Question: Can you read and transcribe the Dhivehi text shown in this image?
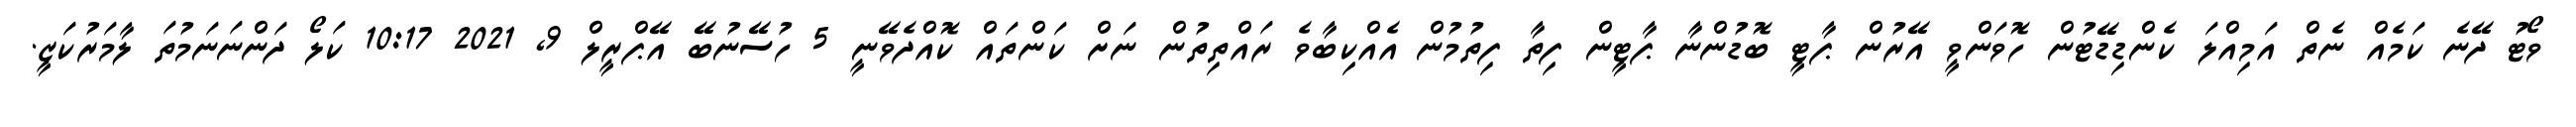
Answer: ވޯޓު ދޭނެ ކަމެއް ނެތް އަމިއްލަ ކެންޑިޑޭޓުން ހޮވަންވީ އޭރުން ޕާޓީ ބޮޑުންނާ ޕާޓީން ފިތާ ފިތުމުން އެއްކިބާވެ ރައްތިތުން ނަށް ކަންތައް ކޮއްދެވޭނީ 5 ހުސޭނުބޭ އޭޕްރީލް 9, 2021 10:17 ކަލޯ ދަންނަނަމުތަ ލާމަރުކަޒީ.